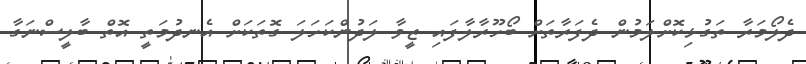
ދެލޯމަރާ ތަގުޅިކޮށްލަމުން ދެފަރާތަށް ބޯހޫރާލާފައި ޒީވާ ލަދުންކަހަލަ ގޮތަކަށް އެނދުމަތީ އޮތް ބާލީސްނަގާ